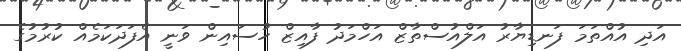
އަދި އުއްތަމަ ފަނޑިޔާރު އަލްއުސްތާޒް އަހްމަދު ފާއިޒް ހުސައިން ވަނީ އެފަދަކަމެއް ކުރުމުގެ